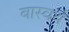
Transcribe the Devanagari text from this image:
बास्वर्थ